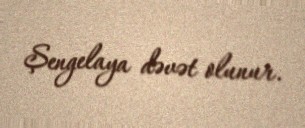
Şengelaya dəvət olunur.